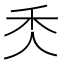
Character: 秂